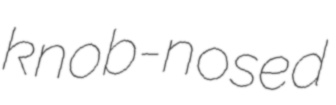
knob-nosed